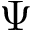
\Psi